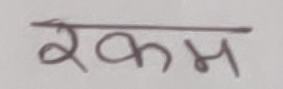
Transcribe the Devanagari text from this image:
रकम